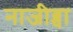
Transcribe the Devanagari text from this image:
नाजीब्चा